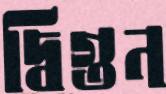
দ্বিগুন